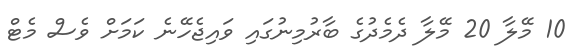
10 މޭލާ 20 މޭލާ ދެމެދުގެ ބާރުމިނުގައި ވައިޖެހޭނެ ކަމަށް ވެސް މެޓް